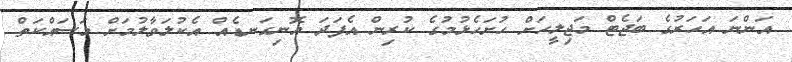
އަންނަ އަހަރުގެ ބަޖެޓް މަޖިލީހަށް ހުށަހެޅުމުގެ ކުރިން އެފަދަ އޮނިގަނޑެއް އެކުލަވާލުމަށް މަސައްކަތް